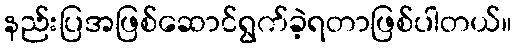
နည်းပြအဖြစ်ဆောင်ရွက်ခဲ့ရတာဖြစ်ပါတယ်။